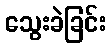
သွေးခဲခြင်း